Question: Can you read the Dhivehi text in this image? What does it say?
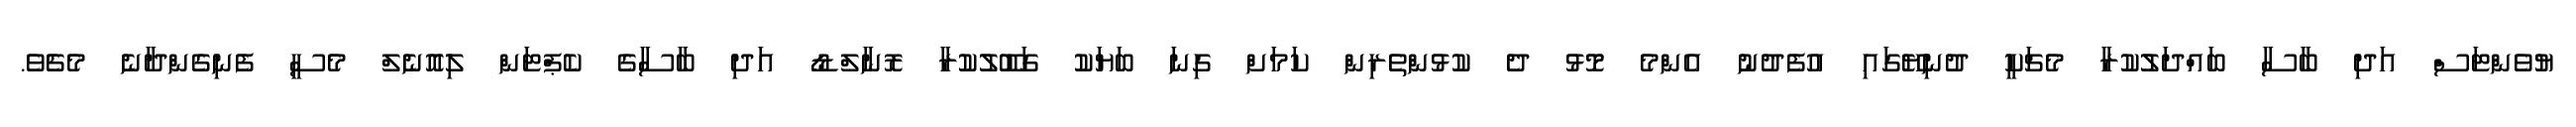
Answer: ޔުވެންޓަސް އަދި ބާސާ ބައްދަލުކުރާ މެޗަކީ ދުނިޔޭގައި އުފެދުނު އެންމެ މޮޅު ދެ ކުޅުންތެރިން ކަމަށް ގިނަ ބަޔަކު ގަބޫލުކުރާ ރޮނާލްޑޯ އަދި ބާސާގެ ކެޕްޓަން ލިއޮނެލް މެސީ ފެނިގެންދާނެ މެޗެވެ.